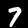
Label: 7